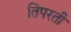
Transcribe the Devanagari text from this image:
तिपरती